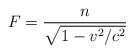
\begin{align*}F=\frac{n}{\sqrt{1-v^{2}/c^{2}}}\end{align*}